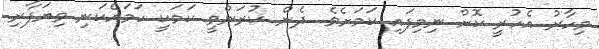
މިހާރު އެހުރީ ކޮށް ނިމިފައި ކަމަށެވެ. ދެން ކުރަންވީ ކަމަކީ ހަމައެކަނި ވިޔަފާރި